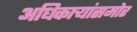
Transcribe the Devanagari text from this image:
अधिकार्‍यांसमोर